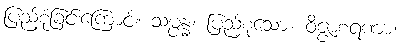
ပြည့်စုံခြင်းကြောင့်။ သမ္ပန္နံ၊ ပြည့်စုံသော။ ဝိဇ္ဇာစရဏာ၊